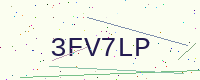
Text: 3FV7LP